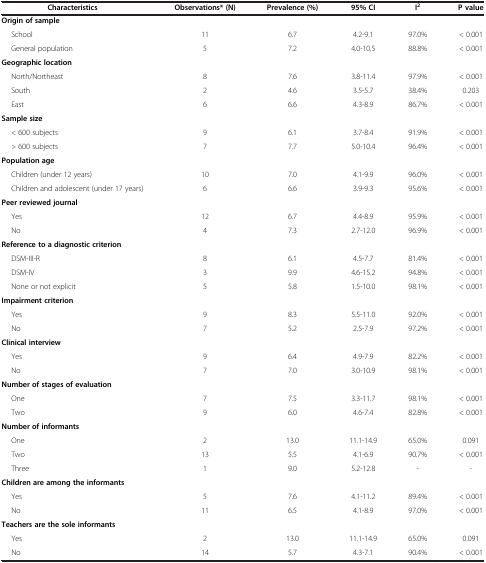
<table><thead><tr><td><b>Characteristics</b></td><td><b>Observations* (N)</b></td><td><b>Prevalence (%)</b></td><td><b>95% CI</b></td><td><b>I<sup>2</sup></b></td><td><b>P value</b></td></tr></thead><tbody><tr><td><b>Origin of sample</b></td><td> </td><td> </td><td> </td><td> </td><td> </td></tr><tr><td>School</td><td>11</td><td>6.7</td><td>4.2-9.1</td><td>97.0%</td><td>&lt; 0.001</td></tr><tr><td>General population</td><td>5</td><td>7.2</td><td>4.0-10.5</td><td>88.8%</td><td>&lt; 0.001</td></tr><tr><td><b>Geographic location</b></td><td> </td><td> </td><td> </td><td> </td><td> </td></tr><tr><td>North/Northeast</td><td>8</td><td>7.6</td><td>3.8-11.4</td><td>97.9%</td><td>&lt; 0.001</td></tr><tr><td>South</td><td>2</td><td>4.6</td><td>3.5-5.7</td><td>38.4%</td><td>0.203</td></tr><tr><td>East</td><td>6</td><td>6.6</td><td>4.3-8.9</td><td>86.7%</td><td>&lt; 0.001</td></tr><tr><td><b>Sample size</b></td><td> </td><td> </td><td> </td><td> </td><td> </td></tr><tr><td>&lt; 600 subjects</td><td>9</td><td>6.1</td><td>3.7-8.4</td><td>91.9%</td><td>&lt; 0.001</td></tr><tr><td>&gt; 600 subjects</td><td>7</td><td>7.7</td><td>5.0-10.4</td><td>96.4%</td><td>&lt; 0.001</td></tr><tr><td><b>Population age</b></td><td> </td><td> </td><td> </td><td> </td><td> </td></tr><tr><td>Children (under 12 years)</td><td>10</td><td>7.0</td><td>4.1-9.9</td><td>96.0%</td><td>&lt; 0.001</td></tr><tr><td>Children and adolescent (under 17 years)</td><td>6</td><td>6.6</td><td>3.9-9.3</td><td>95.6%</td><td>&lt; 0.001</td></tr><tr><td><b>Peer reviewed journal</b></td><td> </td><td> </td><td> </td><td> </td><td> </td></tr><tr><td>Yes</td><td>12</td><td>6.7</td><td>4.4-8.9</td><td>95.9%</td><td>&lt; 0.001</td></tr><tr><td>No</td><td>4</td><td>7.3</td><td>2.7-12.0</td><td>96.9%</td><td>&lt; 0.001</td></tr><tr><td><b>Reference to a diagnostic criterion</b></td><td> </td><td> </td><td> </td><td> </td><td> </td></tr><tr><td>DSM-III-R</td><td>8</td><td>6.1</td><td>4.5-7.7</td><td>81.4%</td><td>&lt; 0.001</td></tr><tr><td>DSM-IV</td><td>3</td><td>9.9</td><td>4.6-15.2</td><td>94.8%</td><td>&lt; 0.001</td></tr><tr><td>None or not explicit</td><td>5</td><td>5.8</td><td>1.5-10.0</td><td>98.1%</td><td>&lt; 0.001</td></tr><tr><td><b>Impairment criterion</b></td><td> </td><td> </td><td> </td><td> </td><td> </td></tr><tr><td>Yes</td><td>9</td><td>8.3</td><td>5.5-11.0</td><td>92.0%</td><td>&lt; 0.001</td></tr><tr><td>No</td><td>7</td><td>5.2</td><td>2.5-7.9</td><td>97.2%</td><td>&lt; 0.001</td></tr><tr><td><b>Clinical interview</b></td><td> </td><td> </td><td> </td><td> </td><td> </td></tr><tr><td>Yes</td><td>9</td><td>6.4</td><td>4.9-7.9</td><td>82.2%</td><td>&lt; 0.001</td></tr><tr><td>No</td><td>7</td><td>7.0</td><td>3.0-10.9</td><td>98.1%</td><td>&lt; 0.001</td></tr><tr><td><b>Number of stages of evaluation</b></td><td> </td><td> </td><td> </td><td> </td><td> </td></tr><tr><td>One</td><td>7</td><td>7.5</td><td>3.3-11.7</td><td>98.1%</td><td>&lt; 0.001</td></tr><tr><td>Two</td><td>9</td><td>6.0</td><td>4.6-7.4</td><td>82.8%</td><td>&lt; 0.001</td></tr><tr><td><b>Number of informants</b></td><td> </td><td> </td><td> </td><td> </td><td> </td></tr><tr><td>One</td><td>2</td><td>13.0</td><td>11.1-14.9</td><td>65.0%</td><td>0.091</td></tr><tr><td>Two</td><td>13</td><td>5.5</td><td>4.1-6.9</td><td>90.7%</td><td>&lt; 0.001</td></tr><tr><td>Three</td><td>1</td><td>9.0</td><td>5.2-12.8</td><td>-</td><td>-</td></tr><tr><td><b>Children are among the informants</b></td><td> </td><td> </td><td> </td><td> </td><td> </td></tr><tr><td>Yes</td><td>5</td><td>7.6</td><td>4.1-11.2</td><td>89.4%</td><td>&lt; 0.001</td></tr><tr><td>No</td><td>11</td><td>6.5</td><td>4.1-8.9</td><td>97.0%</td><td>&lt; 0.001</td></tr><tr><td><b>Teachers are the sole informants</b></td><td> </td><td> </td><td> </td><td> </td><td> </td></tr><tr><td>Yes</td><td>2</td><td>13.0</td><td>11.1-14.9</td><td>65.0%</td><td>0.091</td></tr><tr><td>No</td><td>14</td><td>5.7</td><td>4.3-7.1</td><td>90.4%</td><td>&lt; 0.001</td></tr></tbody></table>